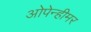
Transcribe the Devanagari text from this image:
ओपेन्हीमर